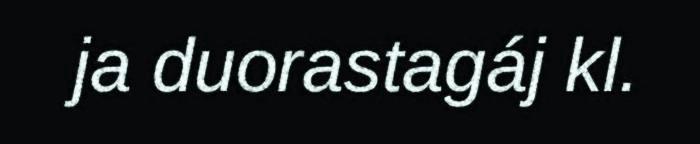
ja duorastagáj kl.